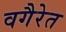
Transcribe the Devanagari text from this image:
वगैरेत